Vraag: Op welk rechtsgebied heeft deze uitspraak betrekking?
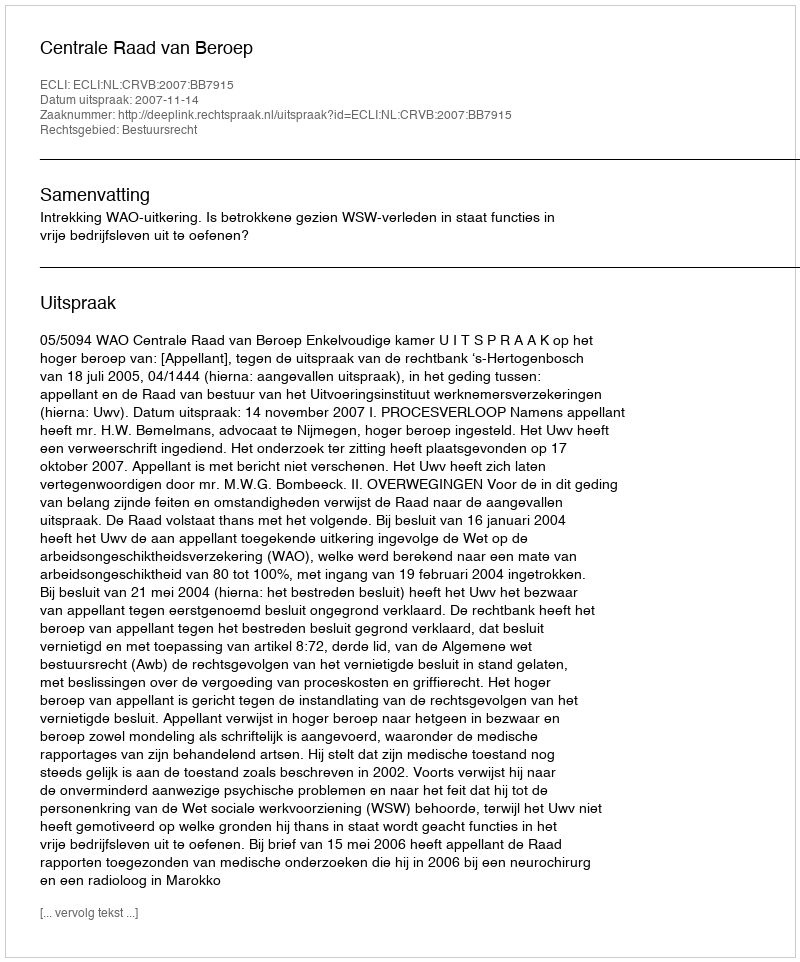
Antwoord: Bestuursrecht